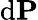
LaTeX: \mathrm{d}\mathbf{P}